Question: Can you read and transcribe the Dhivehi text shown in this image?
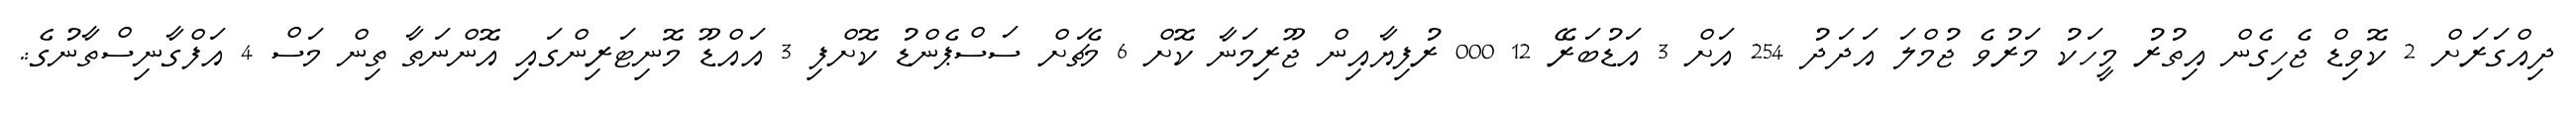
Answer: ދިއްގަރަށް 2 ކޮވިޑް ޖެހިގެން އިތުރު މީހަކު މަރުވެ ޖުމްލަ އަދަދު 254 އަށް 3 އަޑުބަރޭ 12 000 ރުފިޔާއިން ޖޫރިމަނާ ކޮށް 6 މެޗަށް ސަސްޕެންޑު ކޮށްފި 3 އައްޑޫ މޮނިޓަރިންގައި އޮންނަތާ ތިން މަސް 4 އަފްގާނިސްތާނުގެ:.